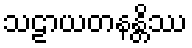
သဠာယတနန္တိဿ